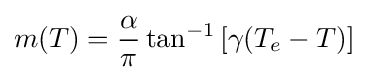
m(T)={\frac {\alpha }{\pi }}\tan ^{-1}\left[\gamma (T_{e}-T)\right]